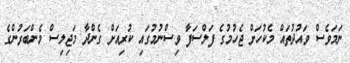
ނަމަވެސް ވައުދުތައް މެކުހަށް ޖެހުމުގެ ފަލްސަފާ ވިސްނުމުގައި ކުރިއަށް ގެންދާ މަޖިލިސް މެންބަރުންގެ